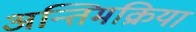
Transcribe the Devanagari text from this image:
अन्तिमक्रिया